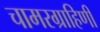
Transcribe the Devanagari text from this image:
चामरग्राहिणी